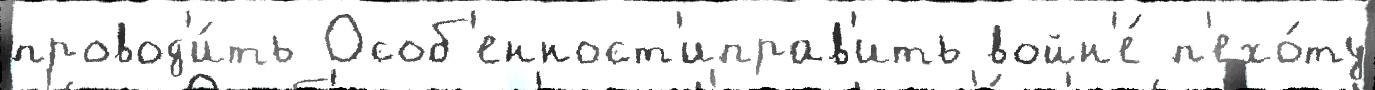
провод'и́ть Особ'енност'иправ'ить войн'е́ п'ехо́ту